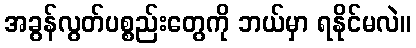
အခွန်လွတ်ပစ္စည်းတွေကို ဘယ်မှာ ရနိုင်မလဲ။